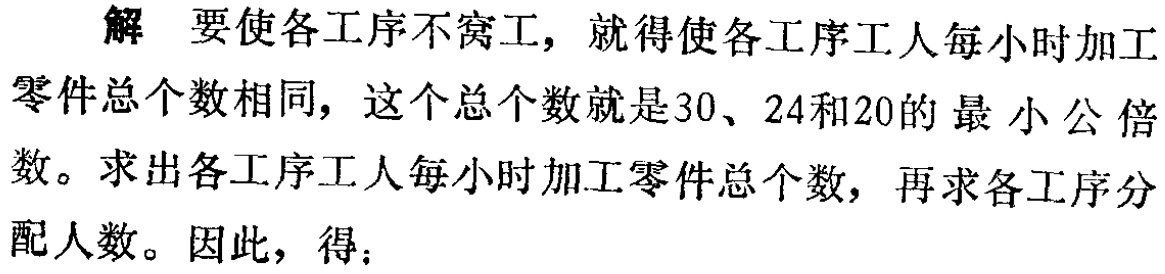
解 要使各工序不窝工，就得使各工序工人每小时加工零件总个数相同，这个总个数就是30、24和20的最小公倍数。求出各工序工人每小时加工零件总个数，再求各工序分配人数。因此，得：